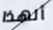
ألهذا